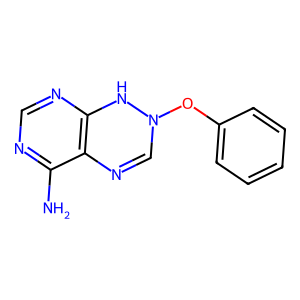
SMILES: Nc1ncnc2c1N=CN(Oc1ccccc1)N2
Inhibits HIV replication: No